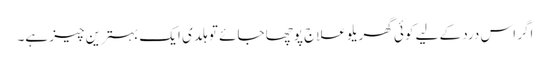
اگر اس درد کے لیے کوئی گھریلو علاج پوچھا جائے تو ہلدی ایک بہترین چیز ہے۔